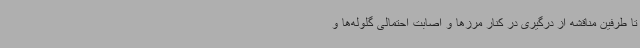
تا طرفین مناقشه از درگیری در کنار مرزها و اصابت احتمالی گلوله‌ها و